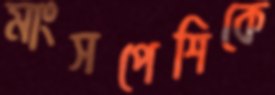
মাংসপেশিকে